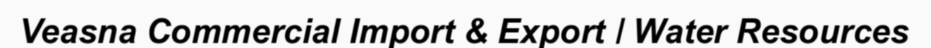
Veasna Commercial Import & Export / Water Resources